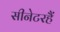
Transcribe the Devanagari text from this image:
सीनेटरहैं